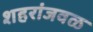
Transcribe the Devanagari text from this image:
शहरांजवळ